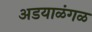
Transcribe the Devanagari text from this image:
अडयाळंगळ